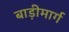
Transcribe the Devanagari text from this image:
बाड़ीमार्ग